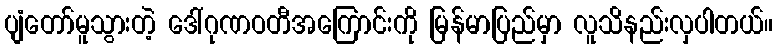
ပျံတော်မူသွားတဲ့ ဒေါ်ဂုဏဝတီအကြောင်းကို မြန်မာပြည်မှာ လူသိနည်းလှပါတယ်။